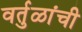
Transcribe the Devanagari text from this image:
वर्तुळांची